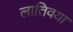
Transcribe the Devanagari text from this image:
लातिवया